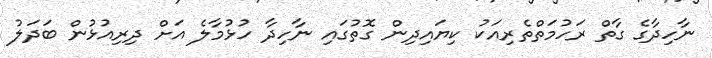
ނާހިދާގެ ގާތް ރަހުމަތްތެރިއަކު ކިޔައިދިން ގޮތުގައި ނާހިދާ ހުޅުމާލެ އަށް ދިރިއުޅުން ބަދަލު